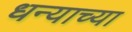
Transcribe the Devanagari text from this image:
धन्याच्या